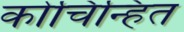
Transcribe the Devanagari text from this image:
कोचिन्हित